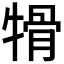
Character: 𤚱